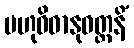
ဗဟုဝိဓာနုဝတ္တနိံ